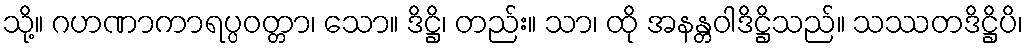
သို့။ ဂဟဏာကာရပ္ပဝတ္တာ၊ သော။ ဒိဋ္ဌိ၊ တည်း။ သာ၊ ထို အနန္တဝါဒိဋ္ဌိသည်။ သဿတဒိဋ္ဌိပိ၊